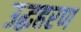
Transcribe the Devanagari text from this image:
उद्धहरण